Annual report on the lock hospitals of the Madras Presidency
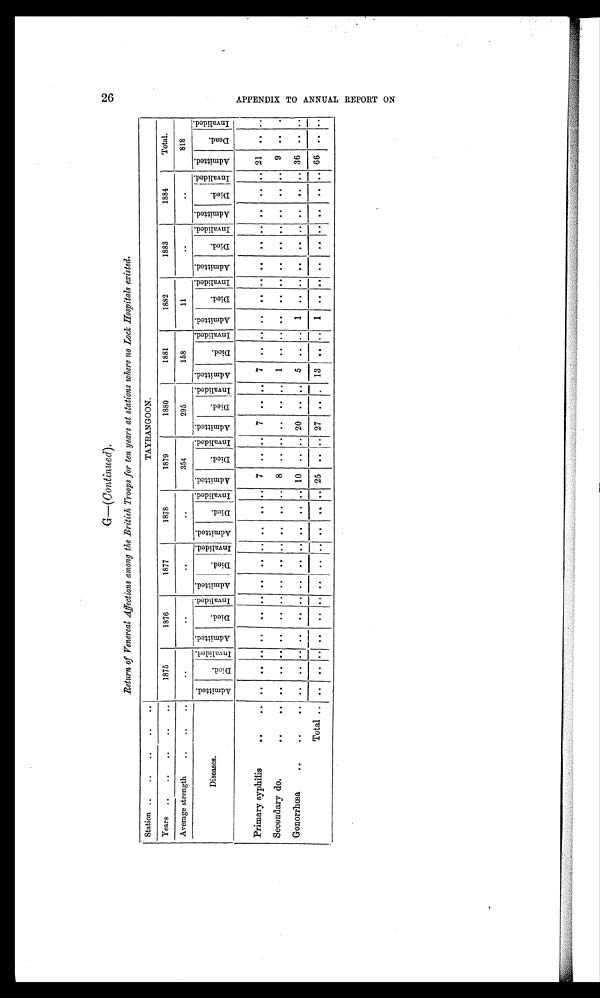
G—(Continued).
Return of Venereal Affections among the British Troops for ten years at stations where no Lock Hospitals existed.
Station .. .. ..
. .
TAYRANGOON.
Years .. .. .. ..
. .
1875
1876
1877
1878
1879
1880
1881
1882
1883
1884
Total.
Average strength .. ..
. .
. .
. .
. . .
. .
354
295
158
11
..
..
818
Diseases.
A d m i t t t e d .
Di e d .
I n v a l i d e d . A d m i t t e d .
D i e d .
I n v a l i d e d . A d m i t t e d .
D i e d .
I n v a l i d e d . A d m i t t e d .
D i e d .
I n v a l i d e d . A d m i t t e d .
D i e d .
I n v a l i d e d . d m i t t e d .
D i e d .
I n v a l i d e d . Ad mi t t e d .
D i e d .
I n v a l i d e d . A d m i t t e d .
D i e d .
I n v a l i d e d . A d m i t t e d .
D i e d .
I n v a l i d e d . A d m i t t e d .
Di ed.
I n v a l i d e d . A d m i t t e d .
D i e d .
I n v a l i d e d.
Primary syphilis
..
. . . . . . . . . . . . . . . . . . . .
. .
. . . . 7 . .
7 . . .. 7 . . . . . . . .
. . . . . . . .
. .
. . 21 . . . .
Secondary do.
..
. . . . . . . . . . . . . . . . . . . . . . . . . . 8 . . . . . . . . . . 1 . . . . . .
. . . . . . . . . . . . . . . . 9 . . . .
Gonorrhœa
.. ..
. . . . .. . . . . . . . . . . . . . . . . . . . . 10 . . .. 20 . . . . 5 . . . . 1 . . . . . . . . . . . . . . . . 36 . . . .
Total .. .. . . .. . . . . . . . . . . . . . . . . . . 25 .. .. 27 .. . . 13 .. .. 1 . . . . . . . . . . . . . . . . 66 . . . .
2 6
A P P E N D I X T O A N N N U A L R E P O R T O N